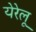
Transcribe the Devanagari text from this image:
येरेलू